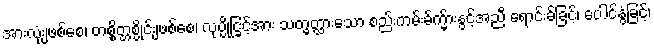
အားလုံးျဖစ်စေ၊ တစ္စိတ္တစ္ပိုင်းျဖစ်စေ၊ လုပ္ပိုင္ခြင့်အား သတ္မွတ္ထားသော စည်းကမ်းခ်က္မ်ားနွင့်အညီ ရောင်းခ်ခြင့်၊ ပေါင်နွံခြင့်၊